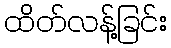
ထိတ်လန့်ခြင်း